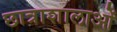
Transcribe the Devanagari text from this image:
छात्राशालाओं